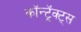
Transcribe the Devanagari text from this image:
कॉन्ट्रॅक्ट्स